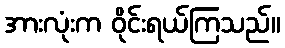
အားလုံးက ဝိုင်းရယ်ကြသည်။